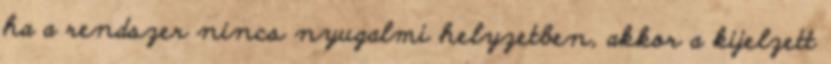
ha a rendszer nincs nyugalmi helyzetben, akkor a kijelzett